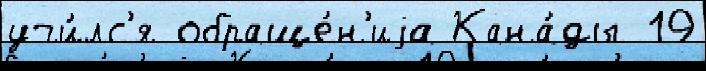
учи́лс'я обраще́н'иjа Кана́ды 19